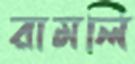
রামলি